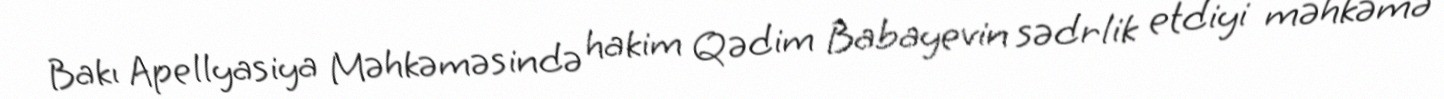
Bakı Apellyasiya Məhkəməsində hakim Qədim Babayevin sədrlik etdiyi məhkəmə